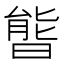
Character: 𣉘